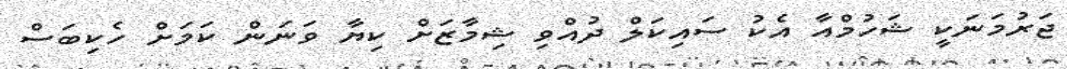
ޖަރުމަނަކީ ޝަހުމްއާ އެކު ސައިކަލް ދުއްވި ޝިމާޒަށް ކިޔާ ވަނަން ކަމަށް ހެކިބަސް